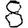
Digit: 8